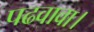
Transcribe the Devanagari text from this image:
पढवावा।